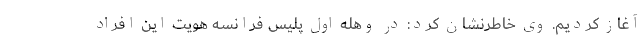
آغاز کردیم. وی خاطرنشان کرد: در وهله اول پلیس فرانسه هویت این افراد